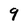
Character: 9